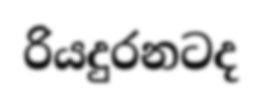
රියදුරනටද